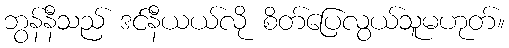
ဘွန်နီသည် ဒင်နီယယ်လို စိတ်ပြေလွယ်သူမဟုတ်။